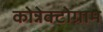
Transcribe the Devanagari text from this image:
कोन्नेक्टोग्राम